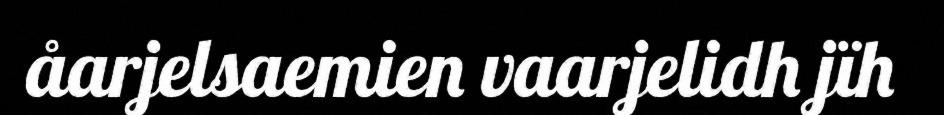
åarjelsaemien vaarjelidh jïh